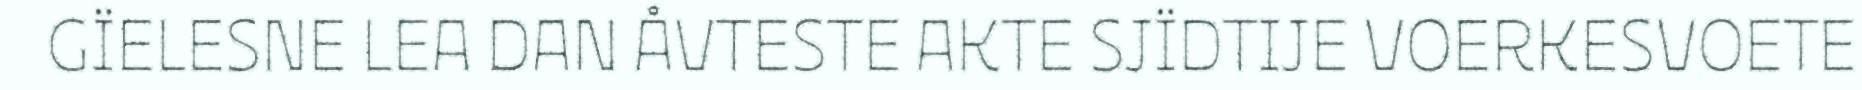
GÏELESNE LEA DAN ÅVTESTE AKTE SJÏDTIJE VOERKESVOETE